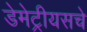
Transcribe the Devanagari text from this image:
डेमेट्रीयसचे